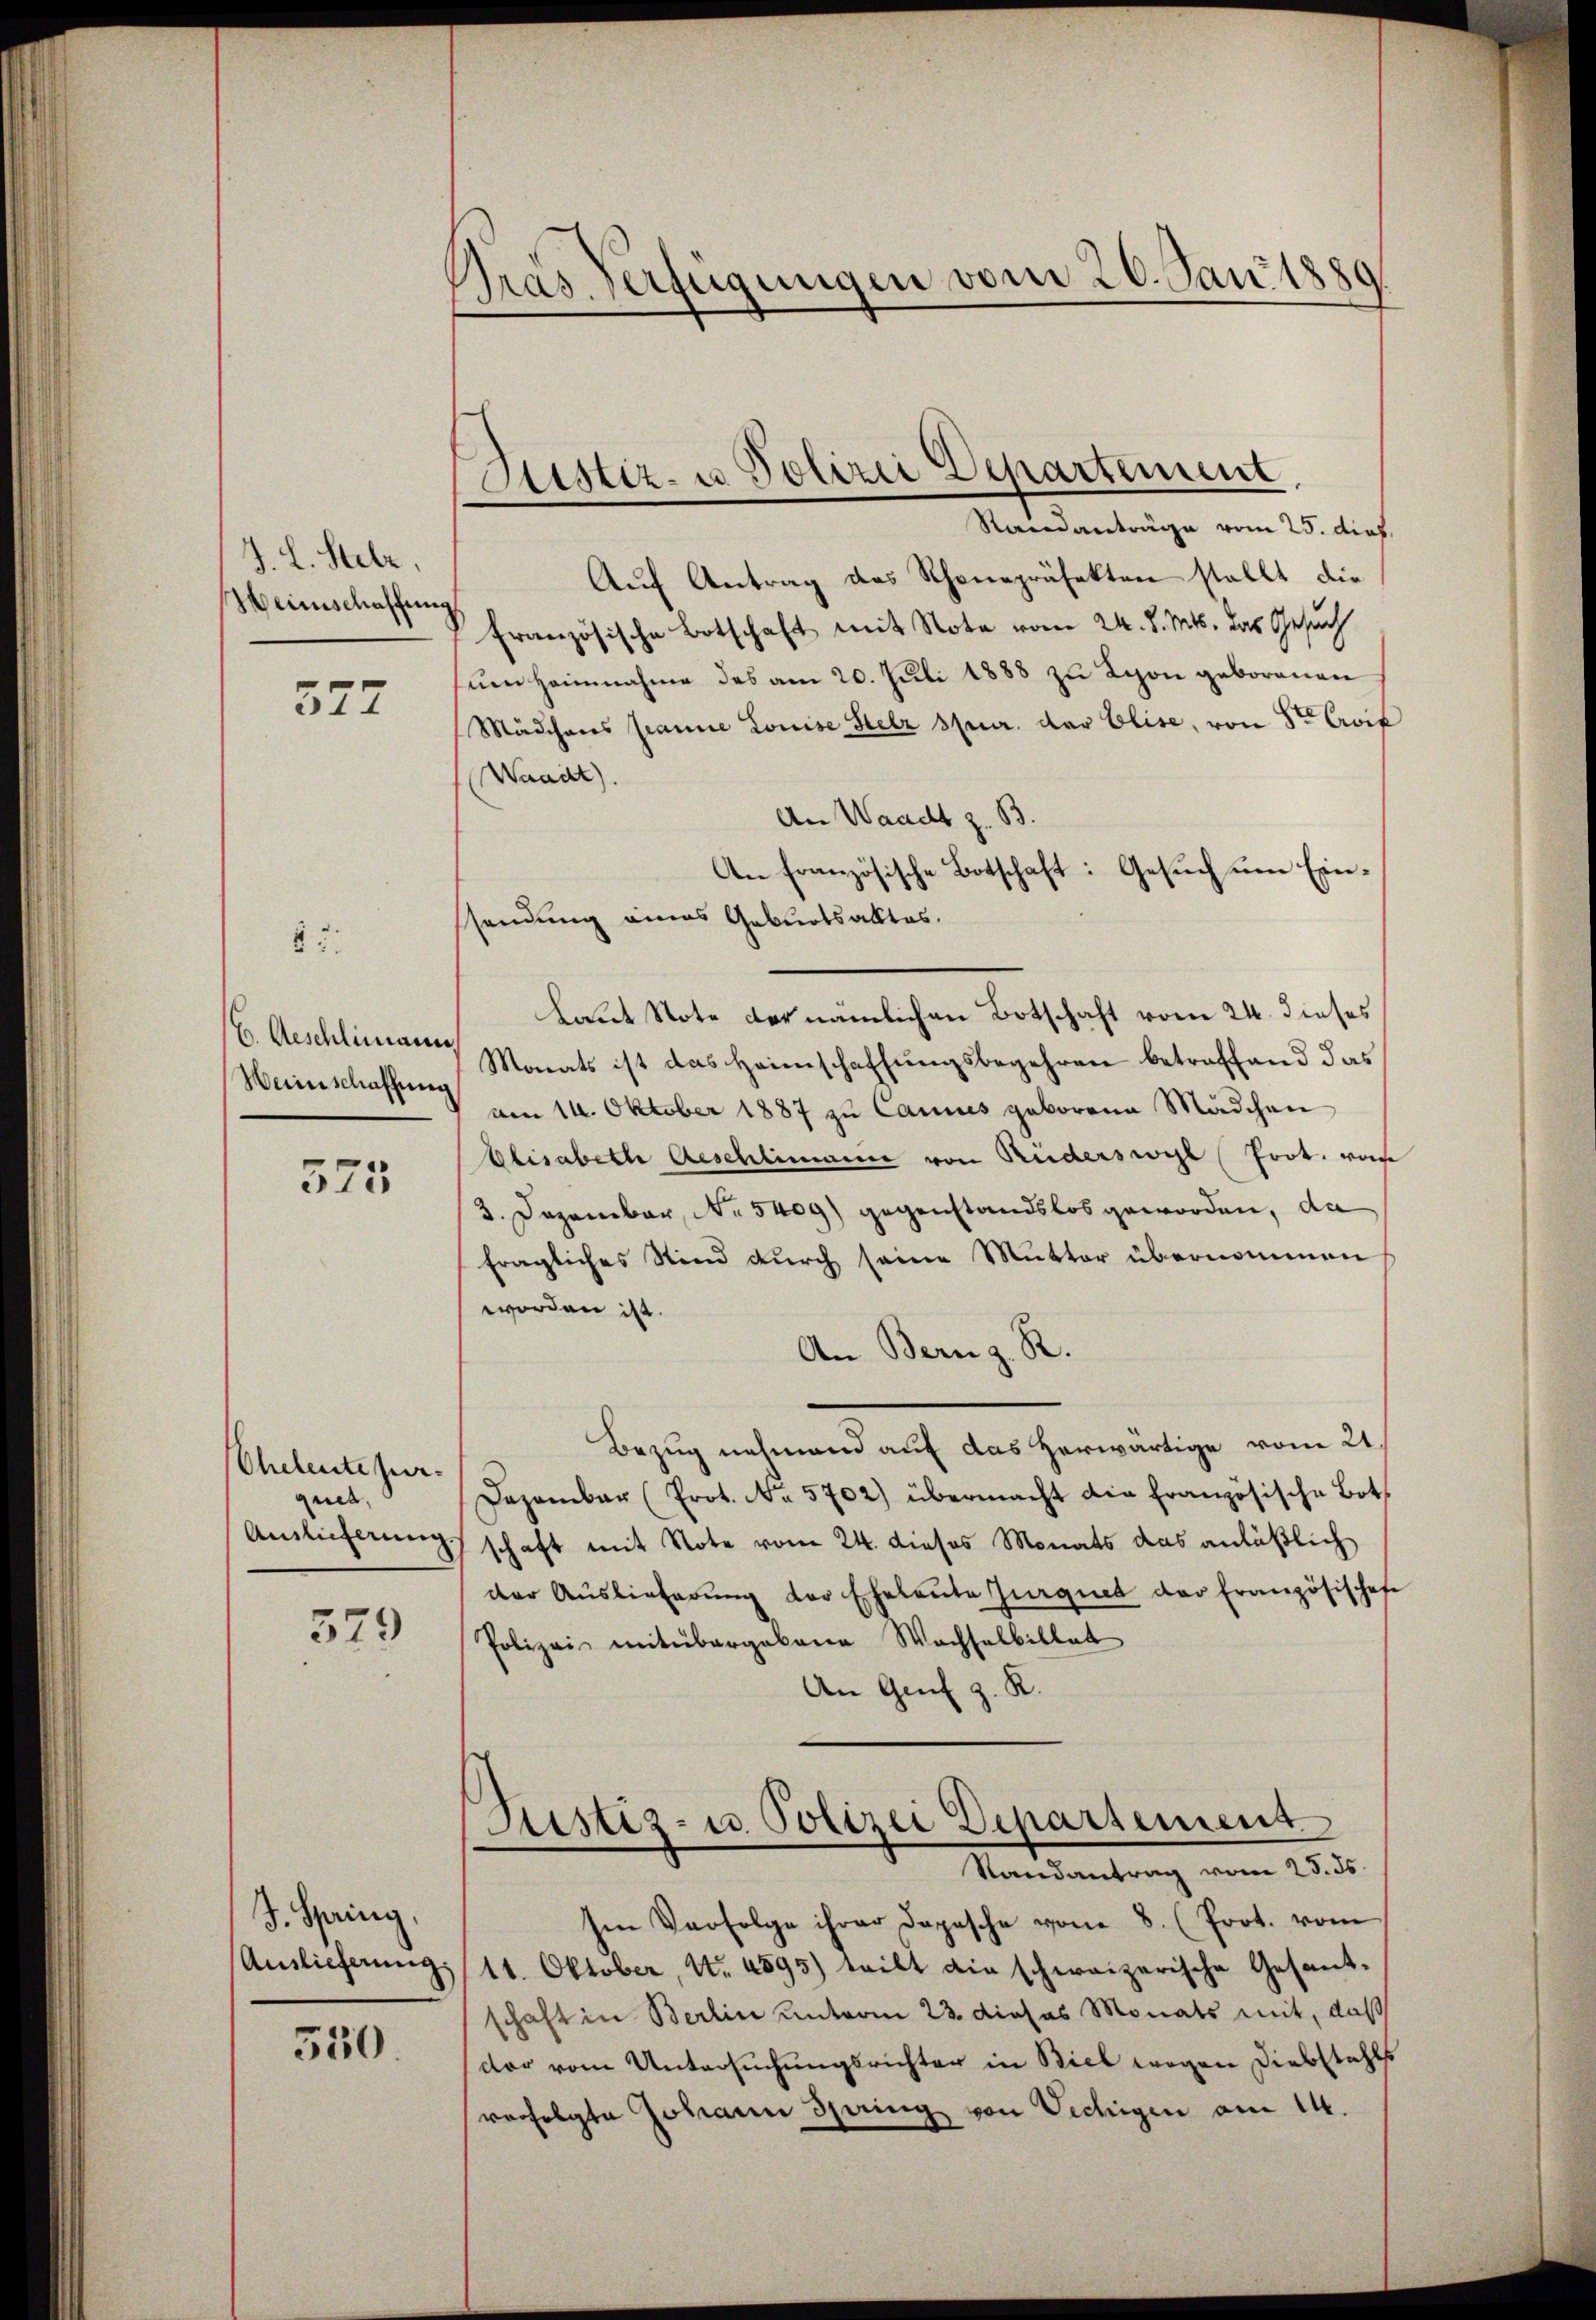
J. L. Stelz.
Heinschaffung

377

62.

E. Geschlimann.
Weinschaffung

573

Cheleute jur.
qued,
Auslieferung.

579

J. Spring,
Auslieferung,

550.

Pras. verfügungen vom 26. Jan. 1880
e

Justiz- u. Polizei Departement,
Standanträge vom 25. dies

Aŭf Antrag des Schonepräfekten stellt die
französische Botschaft mit Note vom 24. d. Mts. das Gesuch
um Heinnahme des am 20. Juli 1888 zu Lyon geborenen
Mädchens Manne Louise Stelz spur. der Elise, von Sr Crof
Waadt).
An Waadt z. B.
An französische Botschaft: Gesuch um Ein¬
Laut Note der nämlichen Botschaft vom 24. dieses
Monats ist das Heimschaffungsbegehren betreffend das
am 14. Oktober 1887 zu Cannes geborene Mädchen
Elisabette Geschlimann von Ruderswyl Prot. von
3. Dezember, No 5409) gegenstandslos geworden, da
fragliches Sind durch seine Mutter übernommen
worden ist
An Bern z. R.
Bezug nehmend auf das herwärtige vom 21.
Dazambar (Prot. No. 5702) übermacht die französische Bot
schaft mit Note vom 24. dieses Monats das anläßlich
der Auslieferŭng der Eheleute Jurquet der Französischef
Polizei mit übergebene Wachsalbillat
An Genf z. R.
Justiz- u. Polizei Departement
Randantrag vom 25. ds.
sen Verfolge ihrer Depesche vom 8. (Prot. vom
11. Oktober, No. 4595) teilt die schweizerische Gesant-
schaft in Berlin unterm 23. dieses Monats mit, daß
der vom Untersuchungsrichter in Biel wegen Diebstahls
verfolgte Johann Spring von Vechigen am 14.

ssendung eines Geburtsaktes.